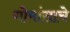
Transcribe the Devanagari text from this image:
गोमांसाचे